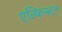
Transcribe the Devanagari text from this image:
एल्फिन्‍स्टन